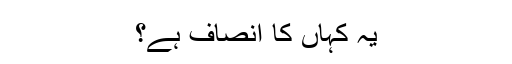
یہ کہاں کا انصاف ہے؟